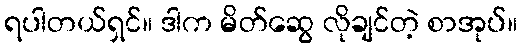
ရပါတယ်ရှင်။ ဒါက မိတ်ဆွေ လိုချင်တဲ့ စာအုပ်။